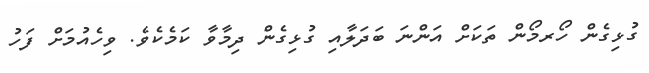
ގުޅިގެން ހޯރމޯން ތަކަށް އަންނަ ބަދަލާއި ގުޅިގެން ދިމާވާ ކަމެކެވެ. ވިހެއުމަށް ފަހު